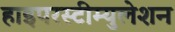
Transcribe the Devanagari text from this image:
हाइपरस्टीम्युलेशन